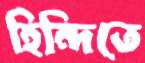
হিন্দিতে